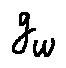
g _ { w }